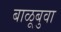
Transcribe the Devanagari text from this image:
बाळूबुवा